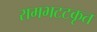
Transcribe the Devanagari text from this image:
रामभटटकृत